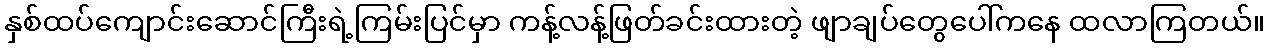
နှစ်ထပ်ကျောင်းဆောင်ကြီးရဲ့ကြမ်းပြင်မှာ ကန့်လန့်ဖြတ်ခင်းထားတဲ့ ဖျာချပ်တွေပေါ်ကနေ ထလာကြတယ်။